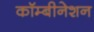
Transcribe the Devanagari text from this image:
कॉम्बीनेशन